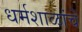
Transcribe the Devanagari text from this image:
धर्मशाळांचे